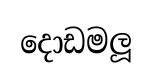
දොඩමලූ